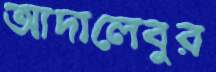
আদালেবুর